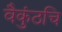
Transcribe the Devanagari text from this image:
वैकुंठचि